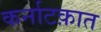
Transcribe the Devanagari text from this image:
कर्नाटक़ात